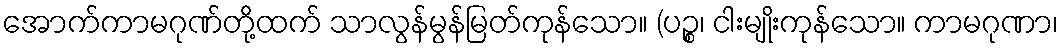
အောက်ကာမဂုဏ်တို့ထက် သာလွန်မွန်မြတ်ကုန်သော။ (ပဉ္စ၊ ငါးမျိုးကုန်သော။ ကာမဂုဏာ၊